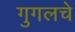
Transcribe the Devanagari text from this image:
गुगलचे